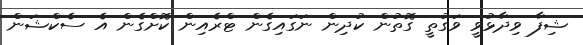
ޝިފާ ވިދާޅުވީ ވަގުތީ ގޮތުން ކުދިން ނަގައިގެން ޓްރެއިން ކޮށްގެން އެ ސެކްޝަން